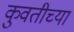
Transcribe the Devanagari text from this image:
कुवतीच्या